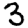
Digit: 3